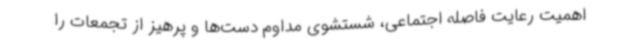
اهمیت رعایت فاصله اجتماعی، شستشوی مداوم دست‌ها و پرهیز از تجمعات را